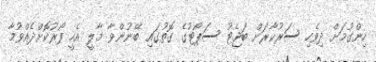
ހިންގުމަށް ދިވެހި ސަރުކާރަށް ބަޖެޓު ސަޕޯޓުގެ ގޮތުގައި ބޭނުންވާ މާލީ އެހީ ފޯރުކޮށްދެއްވުމާ